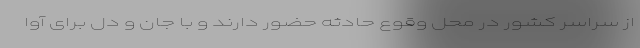
از سراسر کشور در محل وقوع حادثه حضور دارند و با جان و دل برای آوا